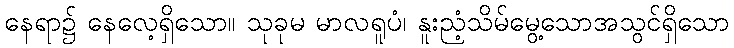
နေရာ၌ နေလေ့ရှိသော။ သုခုမ မာလရူပံ၊ နူးညံ့သိမ်မွေ့သောအသွင်ရှိသော